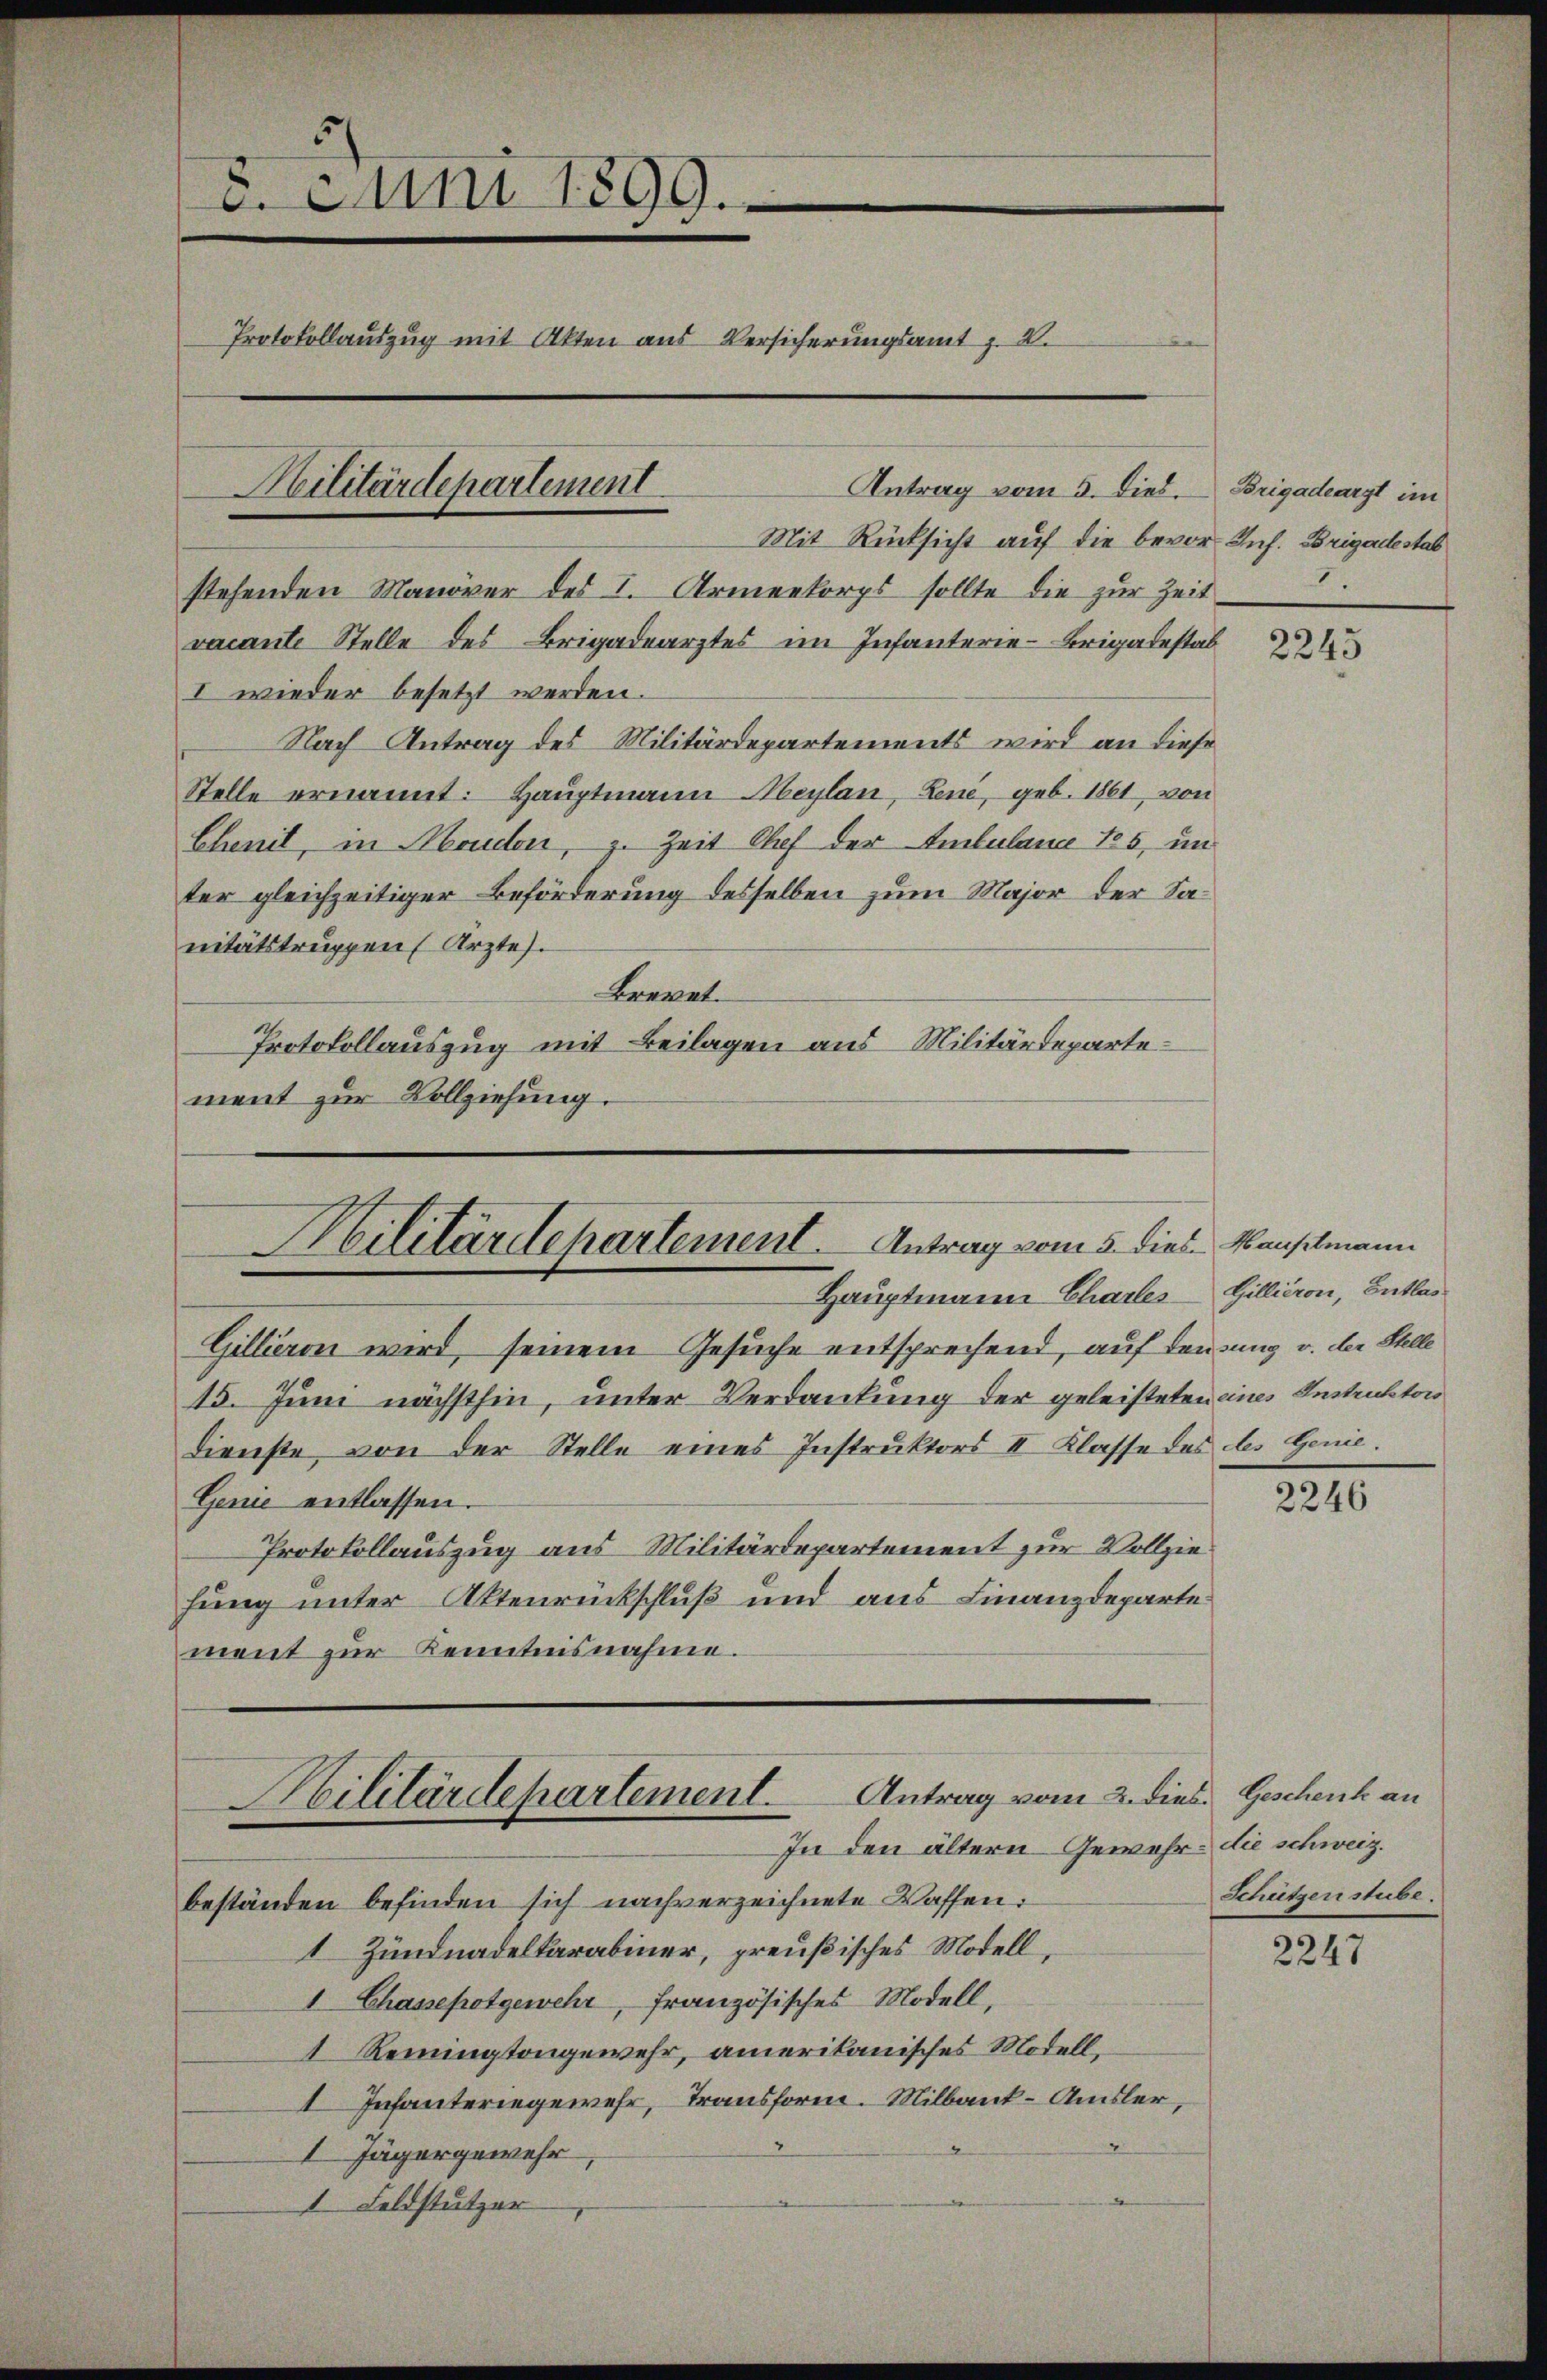
Antrag vom 5. Dies. Brigadearzt im
Mit Rücksicht auf die bevor Inf. Brigadestat
stehenden Manöver des I. Armeekorps sollte die zur Zeit
vacante Stelle des Brigadearztes im Infanterie-Brigadestab
I wieder besetzt werden.
Nach Antrag des Militärdepartements wird an diese
Stelle ernannt: Hauptmann Meylan, Lene, geb. 1861, von
Chenit, in Bruden, z. Zeit Chef der Ambuland 125, un
ter gleichzeitiger Beförderung desselben zum Major der Sanitätstruppen Ärztes.
Brevet.
Protokollauszug mit Beilagen aus Militärdepartement zur Vollziehung.

2. Juni 1899.
Protokollauszug mit Akten aus Versicherungsamt z. B.
.
Kilitärdepartement

Gillieren wird, seinem Gesuche entsprechend, auf demsung v. der Stelle
15. Juni nächsthin, unter Verdankung der geleisteten eines Instruktor
dienste von der Stelle eines Instrŭktors II Klasse des des Genie.
Genie entlassen.
Protokollauszug aus Militärdepartement zur Vollziehung unter Aktenrückschluß und aus Finanzdeparte
ment zur Kenntnisnahme.

Militärdepartement. Antrag vom 5. dies Manselmann
Hauptmann Chartes Gillieron, Entlas

Militärdepartement. Antrag vom 2. dies Geschenk an
In den ältern Gewehr die schweiz.
beständen befinden sich nachverzeichnete Waffen.

1 Zündnadelkarabiner, preußisches Modell,
1 Chassepotgewehr, französisches Modell,
1 Remingtongewehr, amerikanisches Modell¬
1 Infanteriegewehr, Transform. Milbank-Amsler,
I Jägergewehr
I Feldstützer

.

2245

2246

Schützen stube.

2247